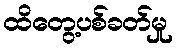
ထိတွေ့ပစ်ခတ်မှု